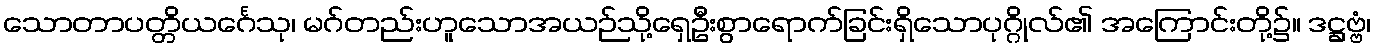
သောတာပတ္တိယင်္ဂေသု၊ မဂ်တည်းဟူသောအယဉ်သို့ရှေဦးစွာရောက်ခြင်းရှိသောပုဂ္ဂိုလ်၏ အကြောင်းတို့၌။ ဒဋ္ဌဗ္ဗံ၊